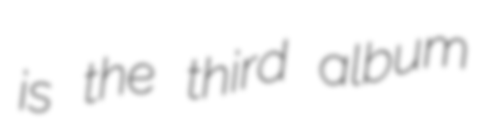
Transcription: is the third album